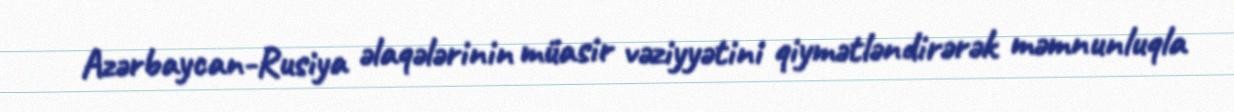
Azərbaycan-Rusiya əlaqələrinin müasir vəziyyətini qiymətləndirərək məmnunluqla